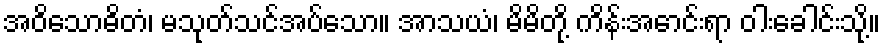
အဝိသောဓိတံ၊ မသုတ်သင်အပ်သော။ အာသယံ၊ မိမိတို့ ကိန်းအောင်းရာ ဝါးခေါင်းသို့။